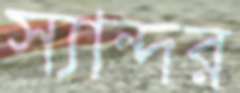
স্যান্দর